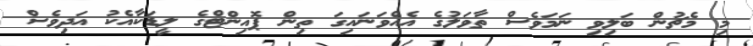
މި މެޗުން ބަލިވި ނަމަވެސް ތާވަލުގެ އެއްވަނައިގަ ތިން ޕޮއިންޓްގެ ލީޑަކާއެކު އަދިވެސް